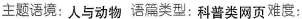
主题语境:人与动物 语篇类型:科普类网页难度: